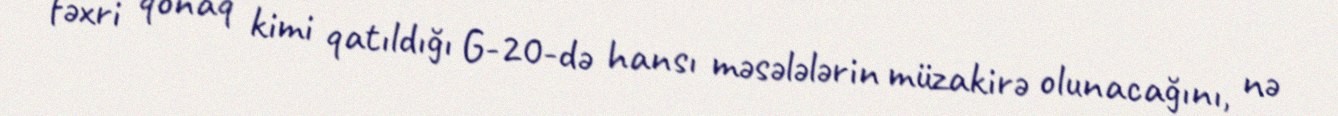
fəxri qonaq kimi qatıldığı G-20-də hansı məsələlərin müzakirə olunacağını, nə